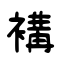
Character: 褠